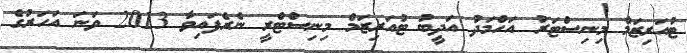
ޓުއަރިޒަމް މިނިސްޓަރު އަހްމަދު އަދީބު ޓުއަރިޒަމް މިނިސްޓްރީ ނެރެފައިވާ 2013 ވަނަ އަހަރުގެ